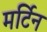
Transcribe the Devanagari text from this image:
मर्टिन